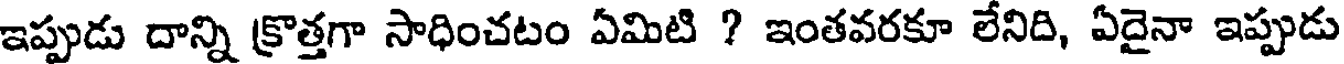
ఇప్పుడు దాన్ని క్రొత్తగా సాధించటం ఏమిటి ? ఇంతవరకూ లేనిది, ఏదైనా ఇప్పుడు